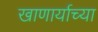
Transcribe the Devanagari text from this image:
खाणार्याच्या